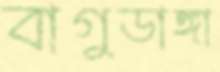
বাগুডাঙ্গা